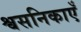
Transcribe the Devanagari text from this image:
श्वसनिकाएँ